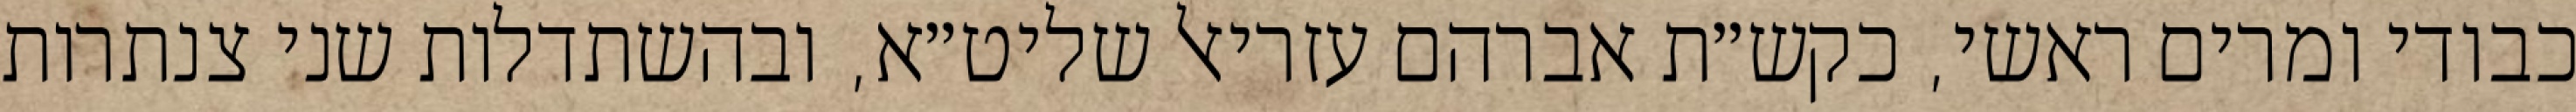
כבודי ומרים ראשי, כקש״ת אברהם עזריאל שליט״א, ובהשתדלות שני צנתרות